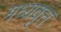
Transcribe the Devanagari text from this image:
मध्यवृत्त